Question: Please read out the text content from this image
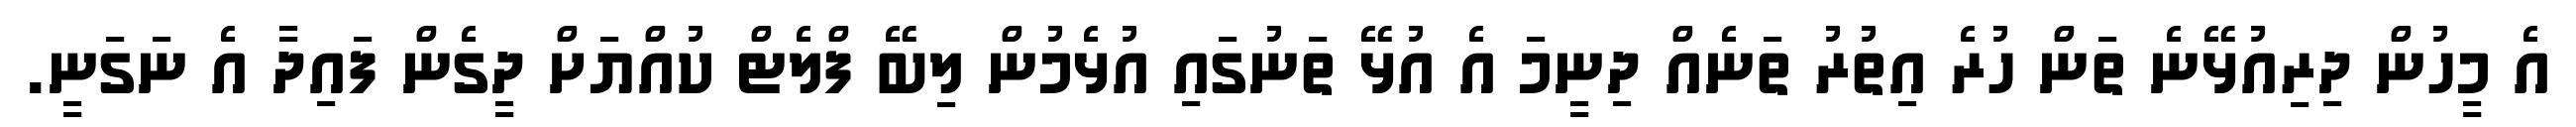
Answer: އެ މީހުން ދިރިއުޅޭނެ ތަން ހުރެ އިތުރު ތަނެއް ދިނީމަ އެ އުޅޭ ތަނުގައި އުޅެމުން ލިބޭ ފްލެޓް ކުއްޔަށް ދީގެން ފައިދާ އެ ނަގަނީ.